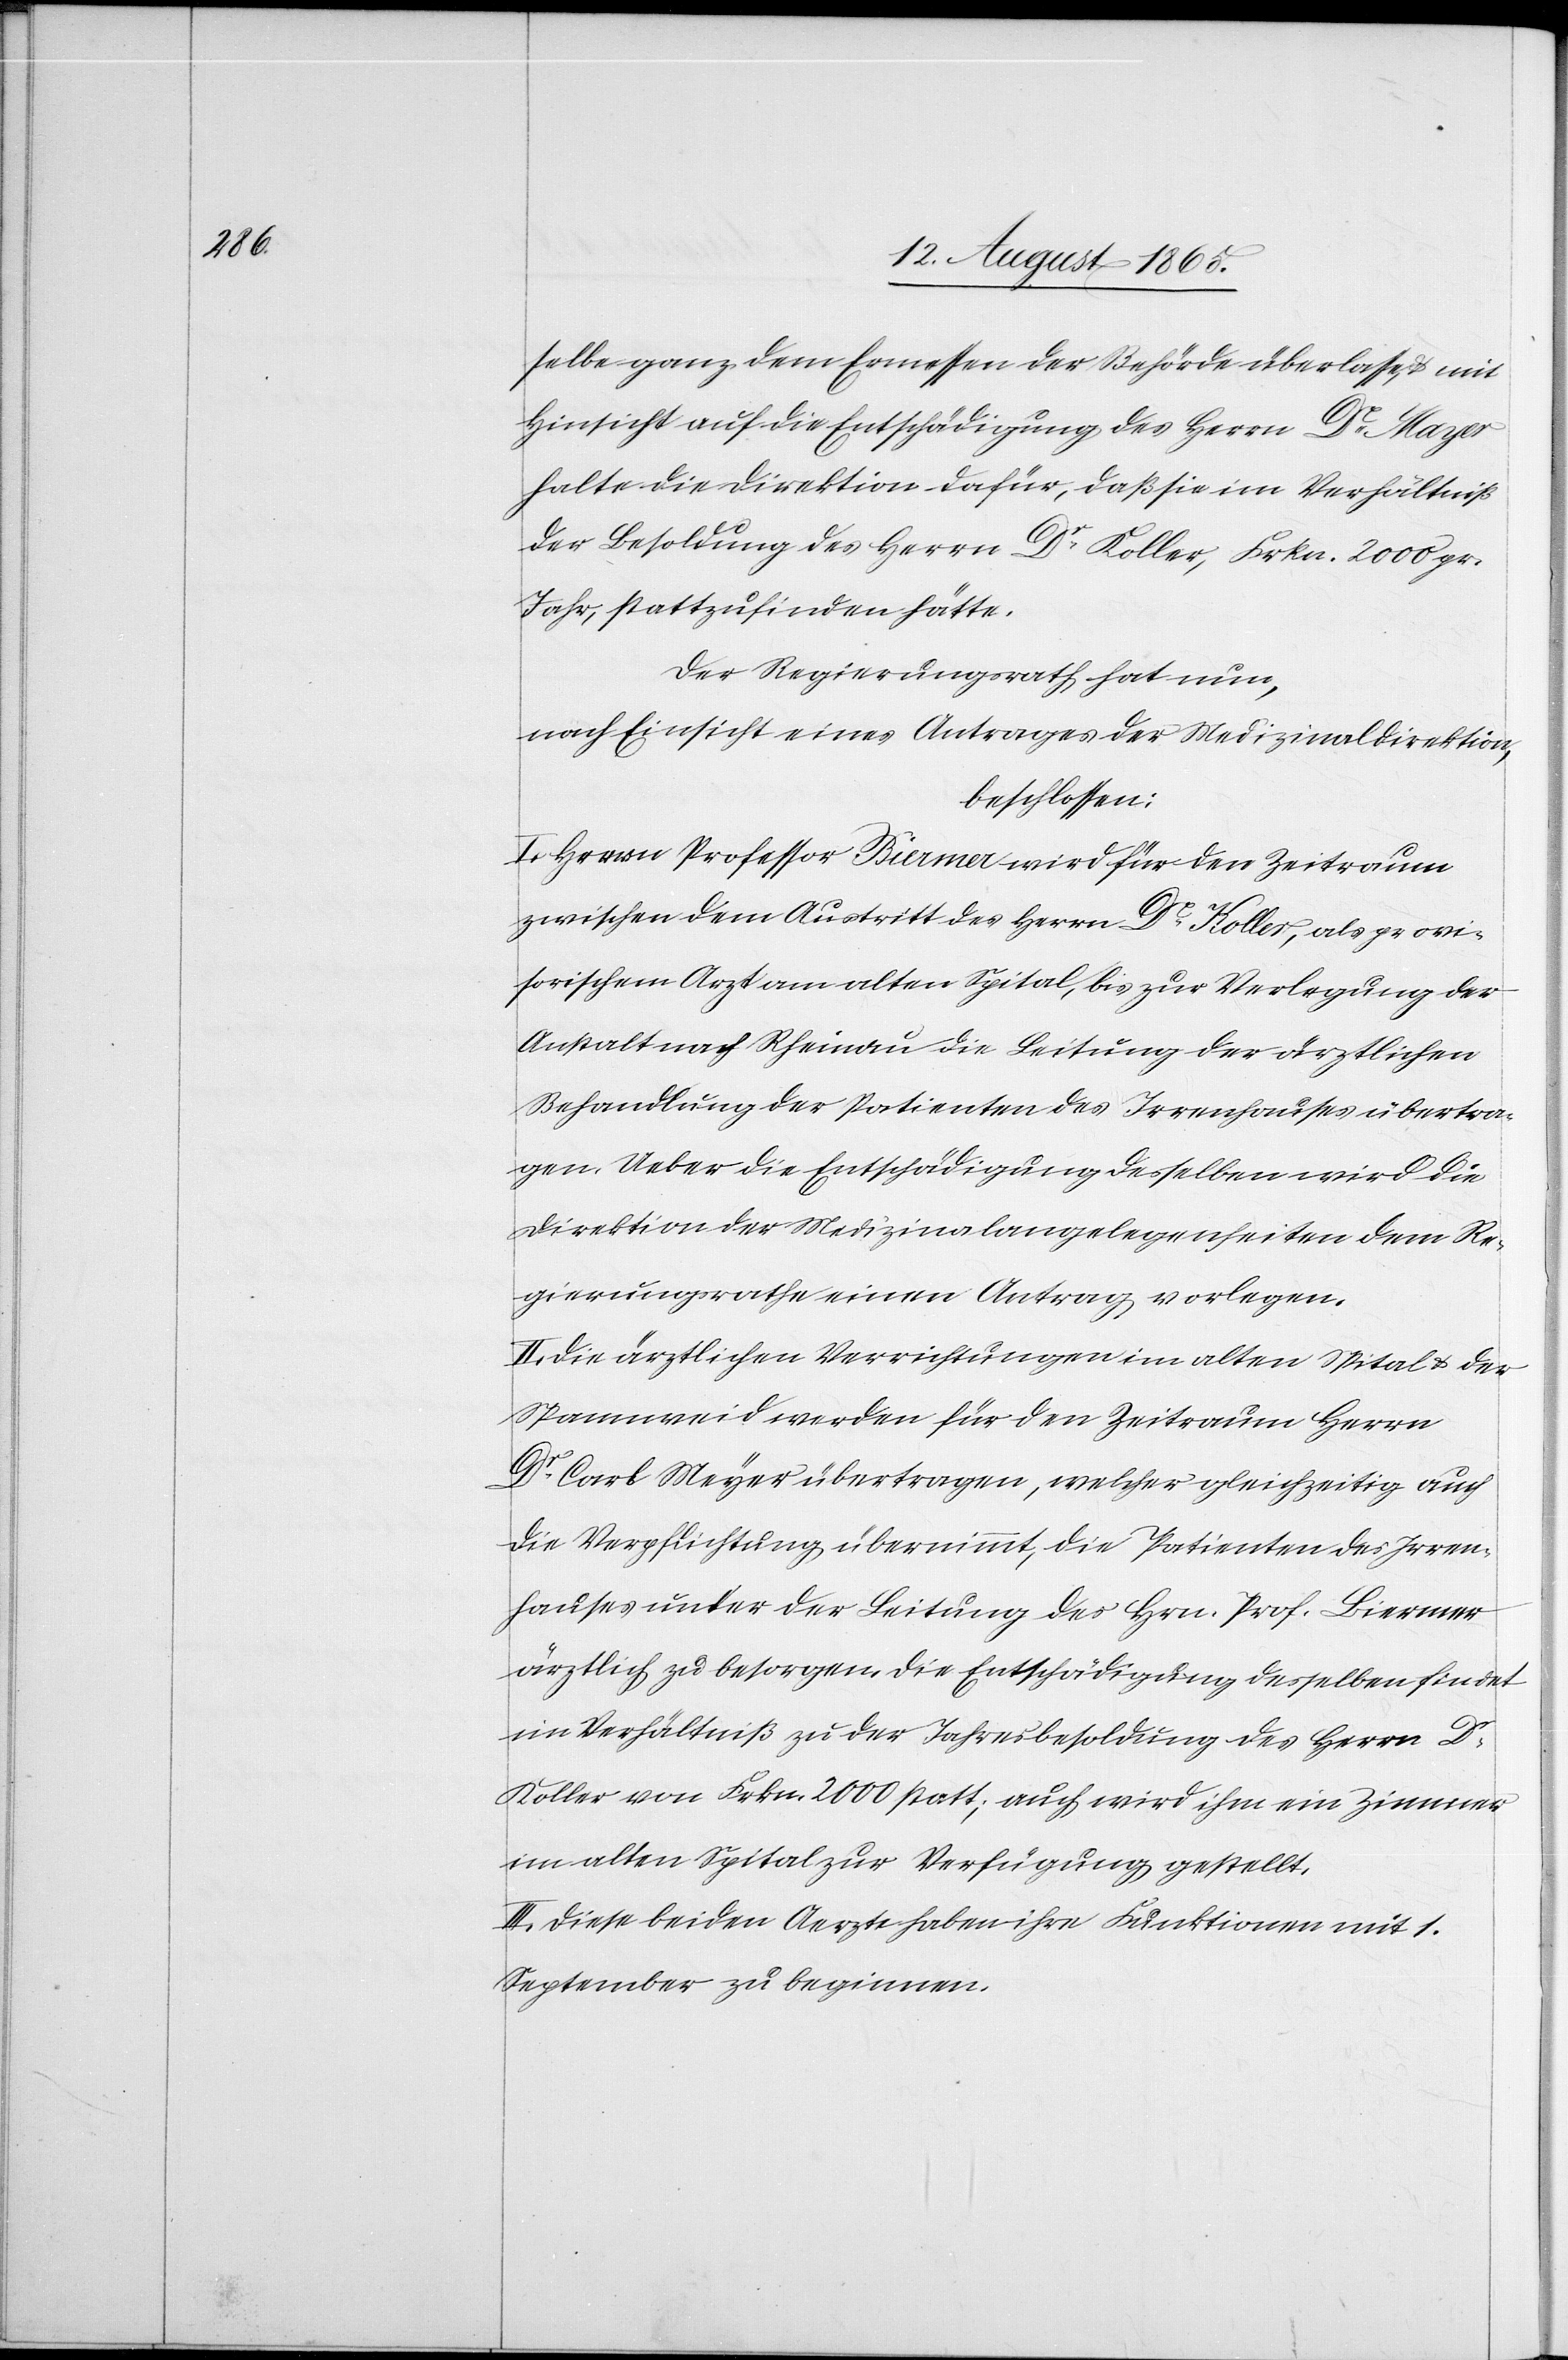
selbe ganz dem Ermessen der Behörde überlasse, u. mit
Hinsicht auf die Entschädigung des Herrn Dr Mayer
halte die Direktion dafür, daß sie im Verhältniß
der Besoldung des Herrn Dr Koller, Frkn. 2000 pr.
Jahr, stattzufinden hätte.
Der Regierungsrath hat nun,
nach Einsicht eines Antrages der Medizinaldirektion,
beschlossen:
I. Herrn Professor Biermer wird für den Zeitraum
zwischen dem Austritt des Herrn Dr Koller, als provi¬
sorischem Arzt am alten Spital, bis zur Verlegung der
Anstalt nach Rheinau die Leitung der ärztlichen
Behandlung der Patienten des Irrenhauses übertra¬
gen. Ueber die Entschädigung desselben wird die
Direktion der Medizinalangelegenheiten dem Re¬
gierungsrathe einen Antrag vorlegen.
II. Die ärztlichen Verrichtungen im alten Spital u. der
Spannweid werden für den Zeitraum Herrn
Dr Carl Meyer übertragen, welcher gleichzeitig auch
die Verpflichtung übernimmt, die Patienten des Irren¬
hauses unter der Leitung des Hrn. Prof. Biermer
ärztlich zu besorgen. Die Entschädigung desselben findet
im Verhältniß zu der Jahresbesoldung des Herrn Dr
Koller von Frkn. 2000 statt; auch wird ihm ein Zimmer
im alten Spital zur Verfügung gestellt.
III. Diese beiden Aerzte haben ihre Funktionen mit 1.
September zu beginnen.